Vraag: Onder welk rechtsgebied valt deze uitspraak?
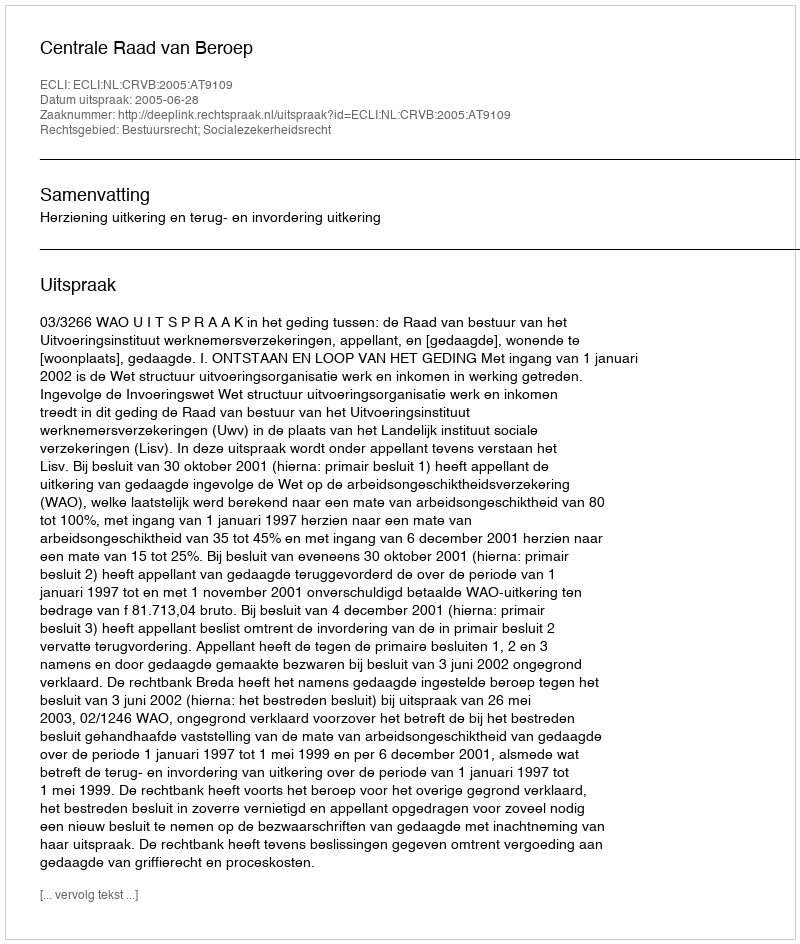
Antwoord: Bestuursrecht; Socialezekerheidsrecht